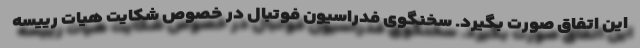
این اتفاق صورت بگیرد. سخنگوی فدراسیون فوتبال در خصوص شکایت هیات رییسه